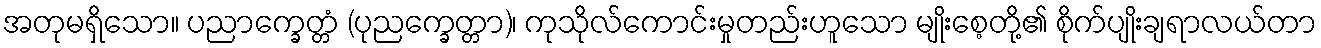
အတုမရှိသော။ ပညာက္ခေတ္တံ (ပုညက္ခေတ္တာ)၊ ကုသိုလ်ကောင်းမှုတည်းဟူသော မျိုးစေ့တို့၏ စိုက်ပျိုးချရာလယ်တာ